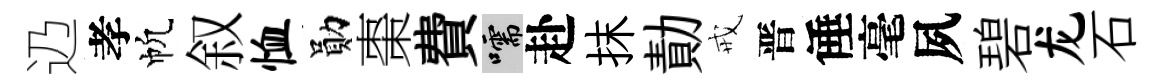
辸孝帆叙恤勛棗費嚅赴抹勣戒晋倕毫夙碧龙石